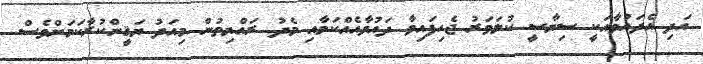
އަދި އެދައުވާއަކީ ސިޔާސީ ކުލަވަރު ޖެހިފައިވާ ދައުވާއެއްކަމާއި މެދު ރައްޔިތުން މިއަދު ޔަޤީންކުރާކަމަށްވެސް